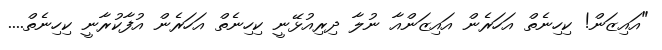
"އައިޒަން! ކިހިނެތް އަހަރެން އައިޒަންއާ ނުލާ ދިރިއުޅޭނީ ކިހިނެތް އަހަރެން އުފާކުރާނީ ކިހިނެތް....